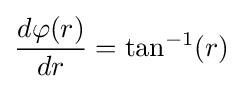
{\frac {d\varphi (r)}{dr}}=\tan ^{-1}(r)